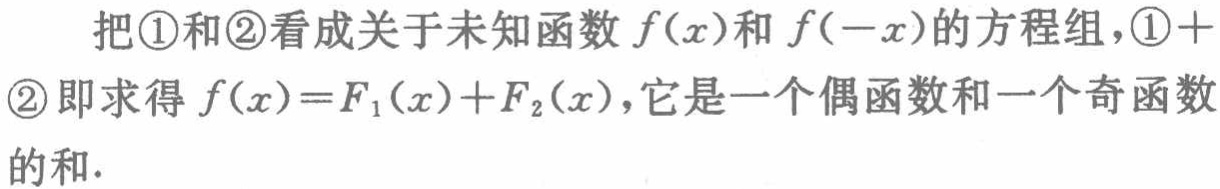
把\textcircled{1}和\textcircled{2}看成关于未知函数\(f(x)\)和\(f(-x)\)的方程组，\textcircled{1}+\textcircled{2}即求得\(f(x)=F_1(x)+F_2(x)\)，它是一个偶函数和一个奇函数的和.